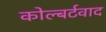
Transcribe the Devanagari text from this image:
कोल्बर्टवाद